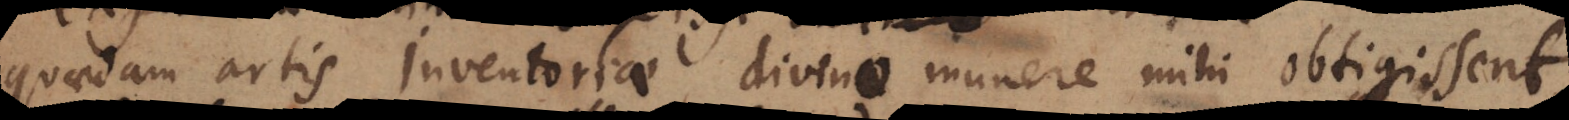
quaedam artis Inventoriae divino munere mihi obtigissent